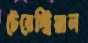
টেরেস্ট্রিয়াল